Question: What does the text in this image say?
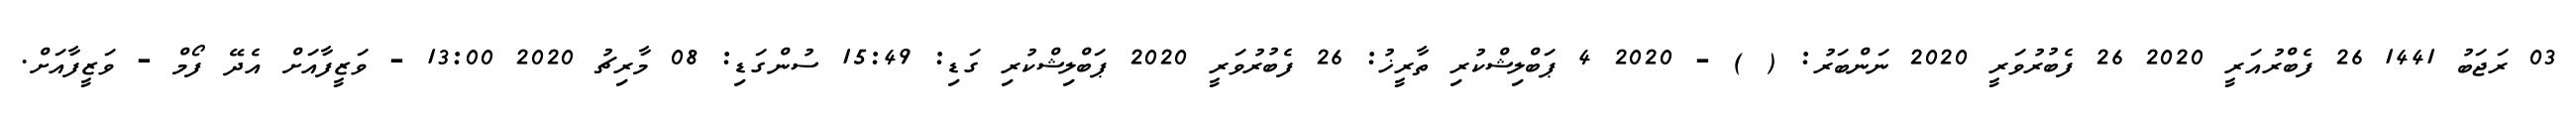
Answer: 03 ރަޖަބު 1441 26 ފެބްރުއަރީ 2020 26 ފެބުރުވަރީ 2020 ނަންބަރު: ( ) - 2020 4 ޕަބްލިޝްކުރި ތާރީޚު: 26 ފެބުރުވަރީ 2020 ޕަބްލިޝްކުރި ގަޑި: 15:49 ސުންގަޑި: 08 މާރިޗު 2020 13:00 - ވަޒީފާއަށް އެދޭ ފޯމް - ވަޒީފާއަށް.